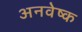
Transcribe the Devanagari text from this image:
अनवेष्क